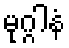
မုဂ္ဂါနံ